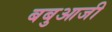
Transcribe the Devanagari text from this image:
बबुआजी